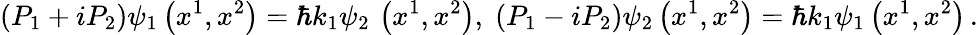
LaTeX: \left(P_{1}+iP_{2}\right)\psi_{1}\left(x^{1},x^{2}\right)=\hbar k_{1}\psi_{2}\, \left(x^{1},x^{2}\right),\; \left(P_{1}-iP_{2}\right)\psi_{2}\left(x^{1},x^{2}\right)=\hbar k_{1}\psi_{1}\left(x^{1},x^{2}\right)\, .